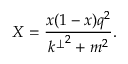
X = \frac { x ( 1 - x ) q ^ { 2 } } { { k ^ { \perp } } ^ { 2 } + m ^ { 2 } } .